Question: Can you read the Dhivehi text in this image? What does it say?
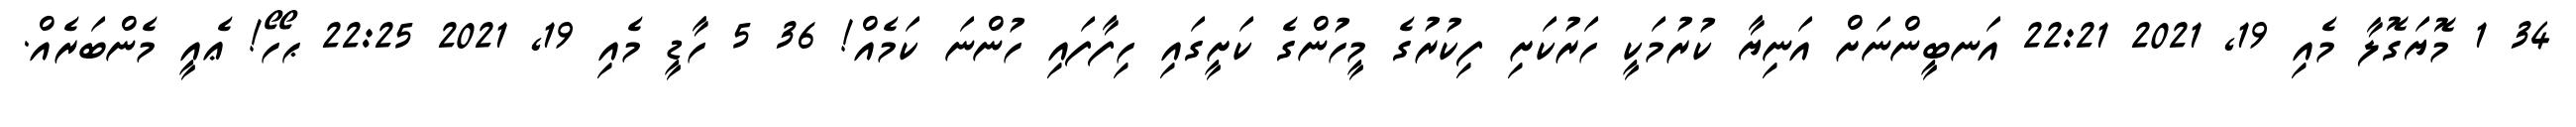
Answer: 34 1 މޮޔަގޮލާ މެއި 19, 2021 22:21 އަނބީންނަށް އަނިޔާ ކުރުމަކީ ހަރުކަށި ފިކުރުގެ މީހުންގެ ކަށީގައި ހިފާފައި ހުންނަ ކަމެއް! 36 5 ހާޑީ މެއި 19, 2021 22:25 ޙޯހޯ! ޢެއީ މެންބަރެއް.